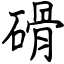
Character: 磆